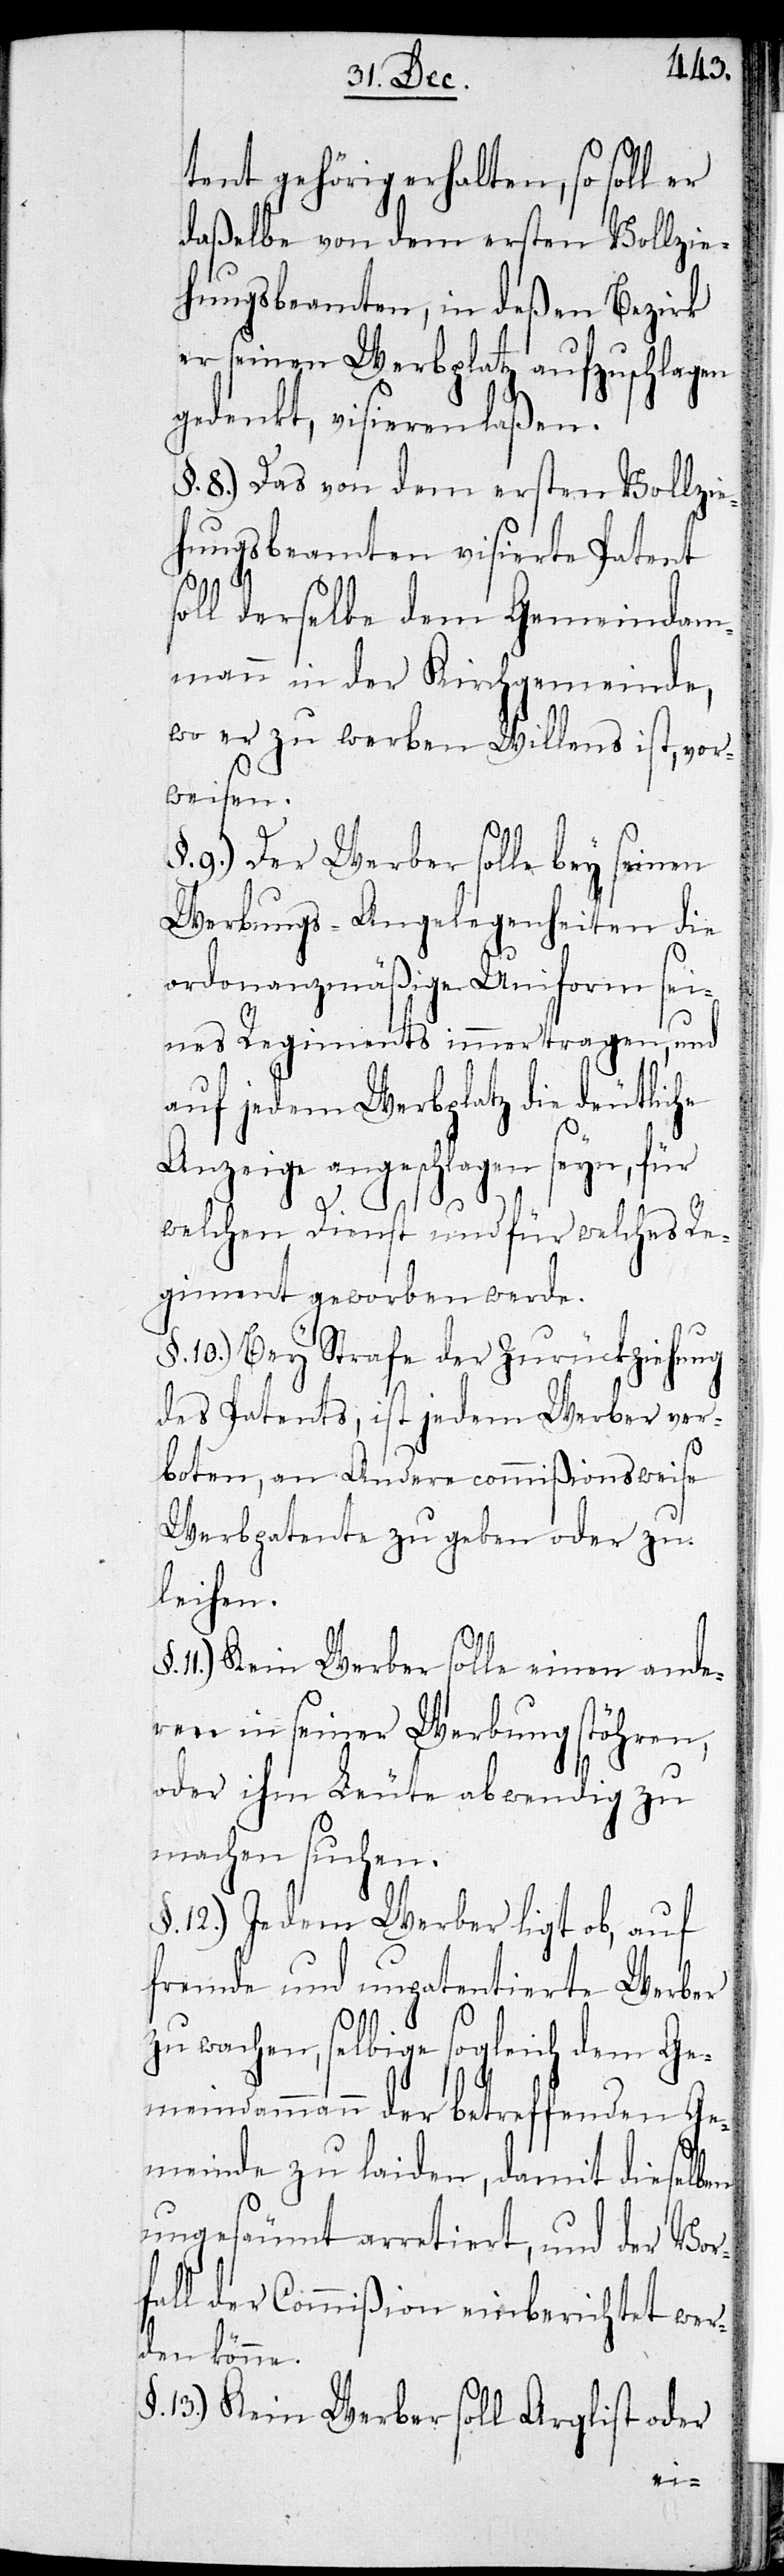
tent gehörig erhalten, so soll er
daßelbe von dem ersten Vollzie¬
hungsbeamten, in deßen Bezirk
er seinen Werbplatz aufzuschlagen
gedenkt, visieren laßen.
§. 8.) Das von dem ersten Vollzie¬
hungsbeamten visierte Patent
soll derselbe dem Gemeindam¬
mann in der Kirchgemeinde,
wo er zu werben Willens ist, vor¬
weisen.
9.) Der Werber solle bey seinen
Werbungs-Angelegenheiten die
ordonanzmäßige Uniform sei¬
nes Regiments immer tragen, und
auf jedem Werbplatz die deutliche
Anzeige angeschlagen seyn, für
welchen Dienst und für welches Re¬
giment geworben werde.
§. 10.) Bey Strafe der Zurückziehung
des Patents, ist jedem Werber ver¬
boten, an andere commißionsweise
Werbpatente zu geben oder zu
leihen.
11.) Kein Werber solle einen ande¬
ren in seiner Werbung stöhren,
oder ihm Leute abwendig zu
machen suchen
§. 12.) Jedem Werber ligt ob, auf
fremde und unpatentierte Werber
zu wachen, selbige sogleich dem Ge¬
meindammann der betreffenden Ge¬
meinde zu laiden, damit dieselben
ungesäumt arretiert, und der Vor¬
fall der Commißion einberichtet wer¬
den könne.
13.) Kein Werber soll Arglist oder